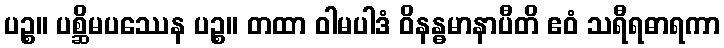
ပဉ္စ။ ပစ္ဆိမပဿေန ပဉ္စ။ တထာ ဝါမပါဒံ ဝိနန္ဓမာနာပီတိ ဧဝံ သရီရဓာရကာ